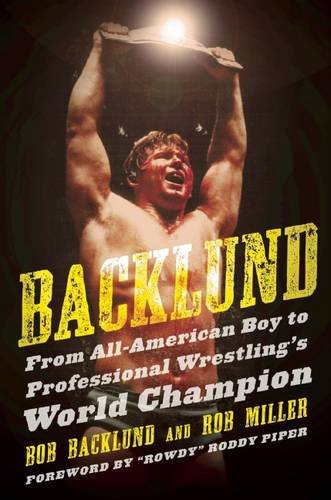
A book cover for Backlund: From All-American Boy to Professional Wrestling's World Champion; Bob Backlund; Biographies & Memoirs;